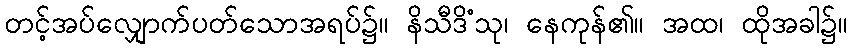
တင့်အပ်လျှောက်ပတ်သောအရပ်၌။ နိသီဒိံသု၊ နေကုန်၏။ အထ၊ ထိုအခါ၌။